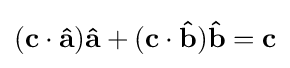
(\mathbf {c} \cdot \mathbf {\hat {a}} )\mathbf {\hat {a}} +(\mathbf {c} \cdot \mathbf {\hat {b}} )\mathbf {\hat {b}} =\mathbf {c}